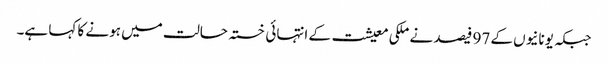
جبکہ یونانیوں کے 97 فیصد نے ملکی معیشت کے انتہائی خستہ حالت میں ہونے کا کہا ہے۔